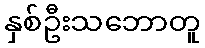
နှစ်ဦးသဘောတူ